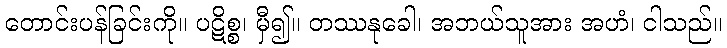
တောင်းပန်ခြင်းကို။ ပဋိစ္စ၊ မှီ၍။ တဿနုခေါ၊ အဘယ်သူအား အဟံ၊ ငါသည်။